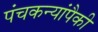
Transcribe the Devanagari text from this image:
पंचकन्यांपैकी